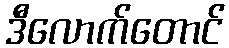
ဒီလောက်တောင်